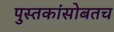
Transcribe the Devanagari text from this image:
पुस्तकांसोबतच